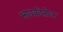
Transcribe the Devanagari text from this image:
भावकीतील